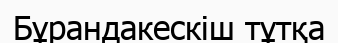
Бұрандакескіш тұтқа